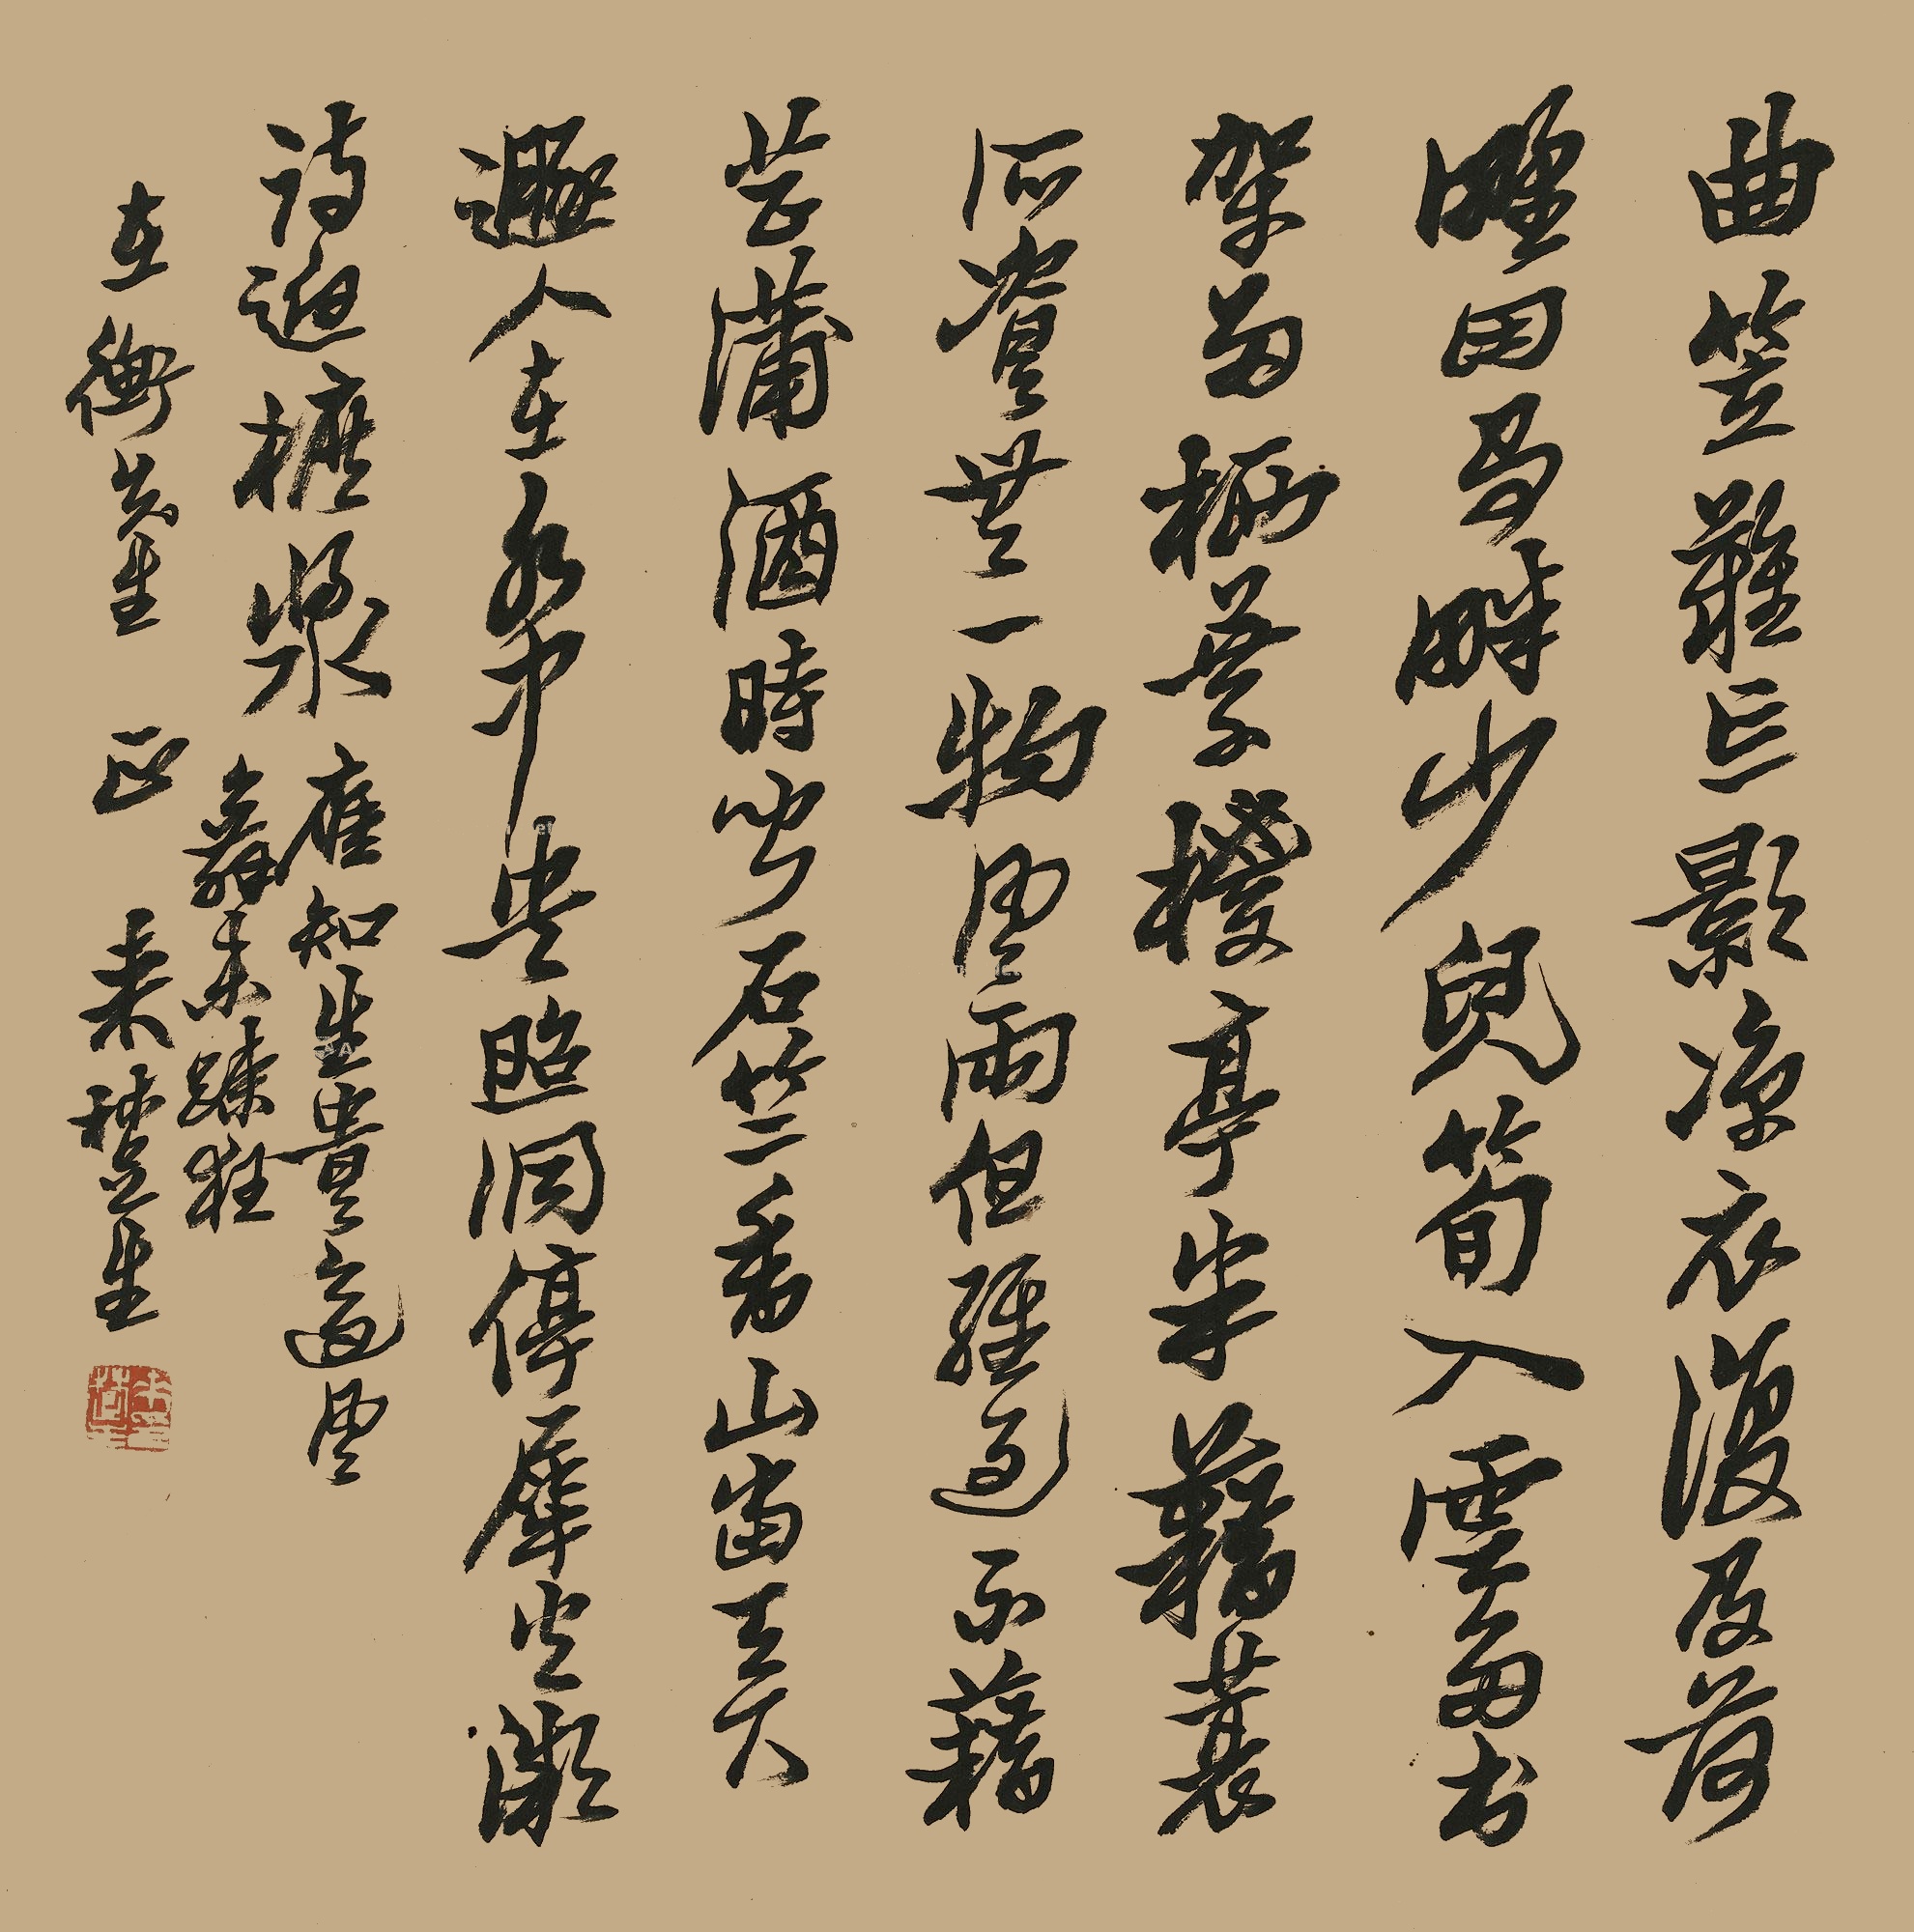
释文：曲笠难忘影，凉衣复及荷，墅田争畔少，儿笋入云多，书架余栖叶，椶亭半籍蓑，所资无一物，风雨但经过。不藉芷蒲酒，时闻石竺香，山当天大遯，人在水中央，照洞停犀火，微诗迥樜浆，应知生贵适，风舞未疏狂。在衡先生正，来楚生。